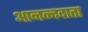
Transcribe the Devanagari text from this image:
आनन्ददाता